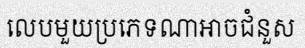
លេបមួយប្រភេទណាអាចជំនួស